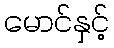
မောင်နှင့်